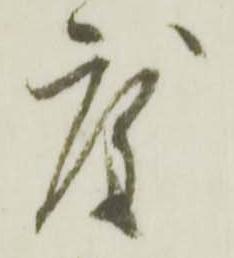
度